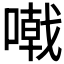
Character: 𠽤